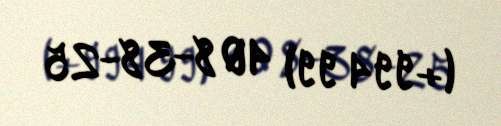
(+994 99) 408-38-25